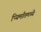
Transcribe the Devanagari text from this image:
प्यिमाँतमध्ये